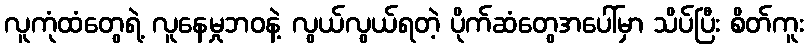
လူကုံထံတွေရဲ့ လူနေမှုဘဝနဲ့ လွယ်လွယ်ရတဲ့ ပိုက်ဆံတွေအပေါ်မှာ သိပ်ပြီး စိတ်ကူး